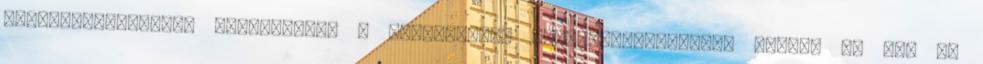
szocioszexualitás mértékében: a legmagasabb szocioszexualitású férﬁak és nők is